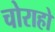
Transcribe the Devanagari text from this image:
चोराहो